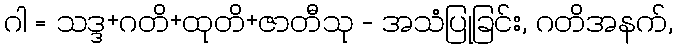
ဂါ = သဒ္ဒ+ဂတိ+ထုတိ+ဇာတီသု - အသံပြုခြင်း, ဂတိအနက်,